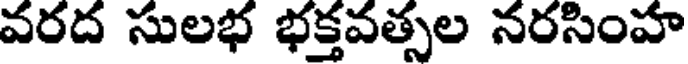
వరద సులభ భక్తవత్సల నరసింహ